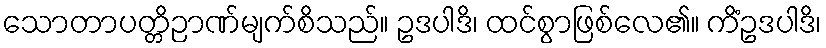
သောတာပတ္တိဉာဏ်မျက်စိသည်။ ဥဒပါဒိ၊ ထင်စွာဖြစ်လေ၏။ ကိံဥဒပါဒိ၊